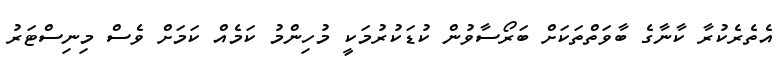
އެތެރެކުރާ ކާނާގެ ބާވަތްތަކަށް ބަރޯސާވުން ކުޑަކުރުމަކީ މުހިންމު ކަމެއް ކަމަށް ވެސް މިނިސްޓަރު